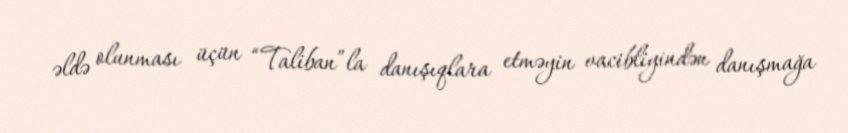
əldə olunması üçün “Taliban”la danışıqlara etməyin vacibliyindən danışmağa